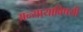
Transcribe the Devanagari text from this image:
अन्यायाविषयी